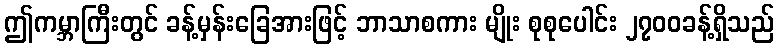
ဤကမ္ဘာကြီးတွင် ခန့်မှန်းခြေအားဖြင့် ဘာသာစကား မျိုး စုစုပေါင်း ၂၇၀၀ခန့်ရှိသည်